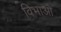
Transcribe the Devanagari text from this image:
विभाओ